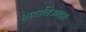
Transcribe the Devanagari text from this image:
छायाचित्रणास